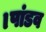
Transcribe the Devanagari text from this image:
।पांडव